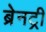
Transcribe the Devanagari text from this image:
ब्रेनट्री